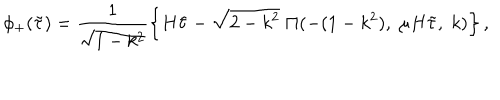
\phi _ { + } ( \tilde { \tau } ) = \frac { 1 } { \sqrt { 1 - k ^ { 2 } } } \left\{ H \tilde { \tau } - \sqrt { 2 - k ^ { 2 } } \; \Pi ( - ( 1 - k ^ { 2 } ) , \; \mu H \tilde { \tau } , \; k ) \right\} ,